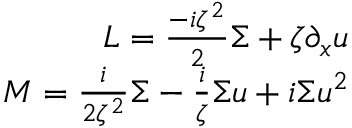
\begin{array} { r } { L = \frac { - i \zeta ^ { 2 } } { 2 } \Sigma + \zeta \partial _ { x } u } \\ { M = \frac { i } { 2 \zeta ^ { 2 } } \Sigma - \frac { i } { \zeta } \Sigma u + i \Sigma u ^ { 2 } } \end{array}